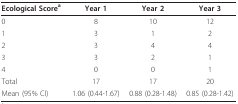
<table><thead><tr><td><b>Ecological Score<sup>a</sup></b></td><td><b>Year 1</b></td><td><b>Year 2</b></td><td><b>Year 3</b></td></tr></thead><tbody><tr><td>0</td><td>8</td><td>10</td><td>12</td></tr><tr><td>1</td><td>3</td><td>1</td><td>2</td></tr><tr><td>2</td><td>3</td><td>4</td><td>4</td></tr><tr><td>3</td><td>3</td><td>2</td><td>1</td></tr><tr><td>4</td><td>0</td><td>0</td><td>1</td></tr><tr><td>Total</td><td>17</td><td>17</td><td>20</td></tr><tr><td>Mean (95% CI)</td><td>1.06 (0.44-1.67)</td><td>0.88 (0.28-1.48)</td><td>0.85 (0.28-1.42)</td></tr></tbody></table>